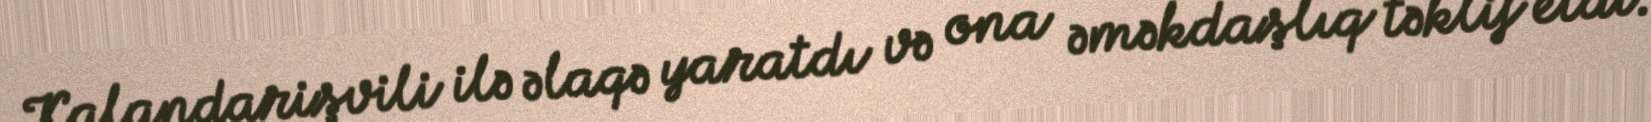
Kalandarişvili ilə əlaqə yaratdı və ona əməkdaşlıq təklif etdi.